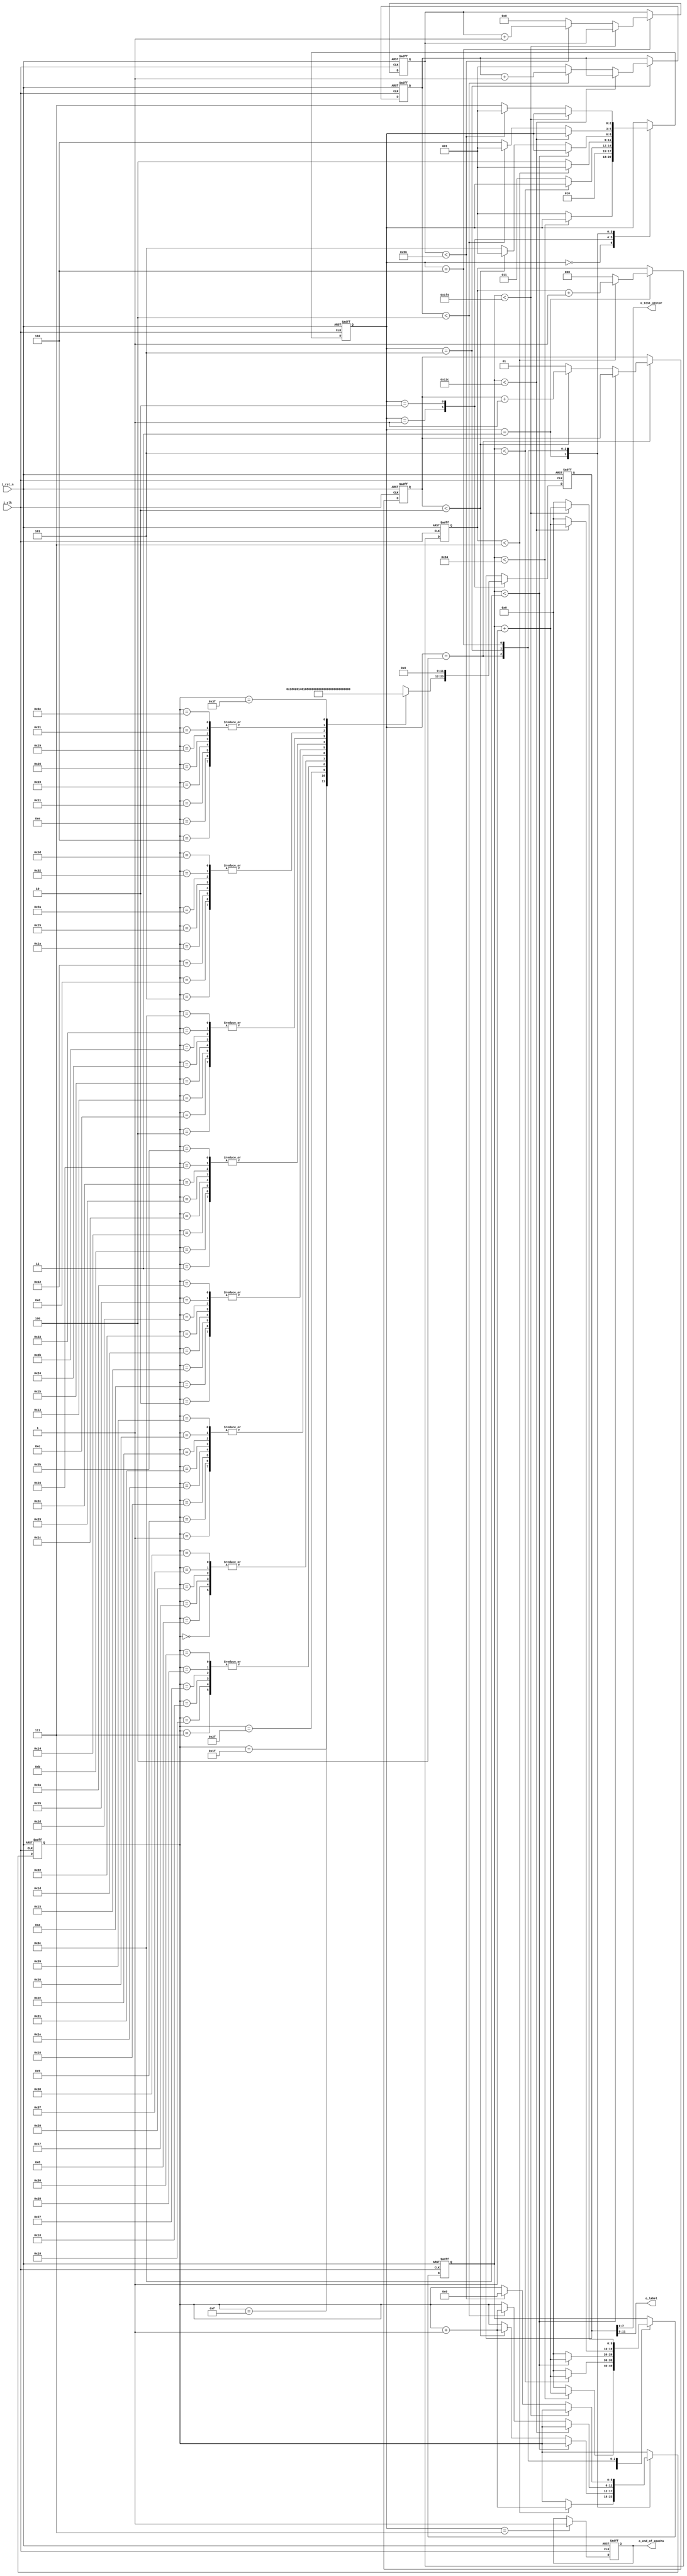

module auto_trainer(
input         i_clk,
input         i_rst_n,
output        o_end_of_epochs,
output [8:1]  o_test_vector,
output [4:1]  o_label
);

parameter  p_init_delay = 100;
parameter  p_spike_delay = 5;
parameter  p_event_delay = 60;
parameter  p_pattern_delay = 300;
parameter  p_epochs_delay = 500;
parameter  p_spike_num = 8;
parameter  p_event_num = 2;
parameter  p_epochs = 150;
parameter  p_pattern_num =4;

reg   [2:0]   r_state; 
reg   [5:0]   r_address; 
reg   [12:1]  r_data;
reg           r_end_of_epochs;
reg   [$clog2(p_spike_delay):0]   r_spike_counter;
reg   [$clog2(p_epochs_delay):0]  r_counter ;
reg   [$clog2(p_epochs):0]        r_epochs;
reg   [$clog2(p_spike_num)-1:0]   r_spike_num;
reg   [$clog2(p_event_num):0]     r_event_num;
reg   [$clog2(p_pattern_num):0]   r_pattern_num;

wire  [12:1]  r_ram[63:0];


assign o_test_vector = r_data[8:1];
assign o_label = r_data[12:9];
assign o_end_of_epochs = r_end_of_epochs;

always @(posedge ~i_clk or negedge i_rst_n) 
begin 
if(!i_rst_n) 
  begin
    r_state <= 0; 
	r_data  <= 0; 
	r_counter <= 0;
	r_address <= 0;
	r_event_num <= 1;
	r_epochs <= 1;
	r_pattern_num <= 1;
	r_spike_counter <= 0;
	r_spike_num <= 0;
	r_end_of_epochs <= 0;
  end
else 
   case(r_state) 
    0:begin 
	    if(r_counter < p_init_delay) 
		   r_counter <= r_counter+1;
		else 
		  begin
		    r_counter <= 0;
			r_state <= 1;
		  end
	  end
	1:begin
		r_data <= r_ram[r_address];
	    r_state <= 2;
	  end
	2:begin	
        r_data <= 0;    
        if(r_counter < p_spike_delay)
		  r_counter <= r_counter+1;
		else
		  begin
		    r_counter <= 0; 
			r_state <= 3;
		  end
	  end	  
	3:begin
		if(r_spike_num < p_spike_num-1)
	      begin
	        r_address <= r_address+1;
			r_spike_num <= r_spike_num +1;
	        r_state <= 1;
		  end
	    else 
		  begin
		    r_state <= 4;
		    r_spike_num <= 0;
		  end
	  end
	4:begin
	    if(r_counter < p_event_delay)
		  r_counter <= r_counter +1;
		else
          begin
            r_counter <= 0;		  
		    if(r_event_num < p_event_num)
		      begin
			    r_event_num <= r_event_num+1; 
				r_address <= r_address+1;
			    r_state <= 1;
			  end
		    else
		      begin
			    r_state <= 5;
			    r_event_num <= 1;
			  end
		 end
	  end
	5:begin
	    if(r_counter < p_pattern_delay)
	       r_counter <= r_counter + 1;
		else 
		begin 
		  r_counter <= 0;
		  if(r_pattern_num < p_pattern_num)
            begin		
		      r_pattern_num <= r_pattern_num +1;
		      r_address <= r_address+1;
			  r_state <= 1;
			end
		  else 
            begin   
	          r_state <= 6;
			  r_pattern_num <= 1;
		    end	
		  end
	    end
	6:begin
	    if(r_counter < p_epochs_delay)
	       r_counter <= r_counter + 1;
		else 
		  begin 
		    r_counter <= 0;	
	       if(r_epochs < p_epochs)
	         begin 
	           r_epochs <= r_epochs+1;
	           r_address <= 0;
	           r_state <= 1;
	         end
           else
	         begin
		       r_epochs <= 0;
               r_state<= 7;	
	         end
		  end	
	  end	
	7:begin
	    r_end_of_epochs <=1;
	  end		  
   endcase
end

assign r_ram[0]  = 12'h0_0_1;
assign r_ram[1]  = 12'h0_0_2;
assign r_ram[2]  = 12'h0_0_4;
assign r_ram[3]  = 12'h0_0_8;
assign r_ram[4]  = 12'h0_1_0;
assign r_ram[5]  = 12'h0_2_0;
assign r_ram[6]  = 12'h0_4_0;
assign r_ram[7]  = 12'h0_8_0;
assign r_ram[8]  = 12'h0_0_1;
assign r_ram[9]  = 12'h0_0_2;
assign r_ram[10] = 12'h0_0_4;
assign r_ram[11] = 12'h0_0_8;
assign r_ram[12] = 12'h0_1_0;
assign r_ram[13] = 12'h0_2_0;
assign r_ram[14] = 12'h0_4_0;
assign r_ram[15] = 12'h1_8_0;

assign r_ram[16] = 12'h0_8_0;
assign r_ram[17] = 12'h0_4_0;
assign r_ram[18] = 12'h0_2_0;
assign r_ram[19] = 12'h0_1_0;
assign r_ram[20] = 12'h0_0_8;
assign r_ram[21] = 12'h0_0_4;
assign r_ram[22] = 12'h0_0_2;
assign r_ram[23] = 12'h0_0_1;
assign r_ram[24] = 12'h0_8_0;
assign r_ram[25] = 12'h0_4_0;
assign r_ram[26] = 12'h0_2_0;
assign r_ram[27] = 12'h0_1_0;
assign r_ram[28] = 12'h0_0_8;
assign r_ram[29] = 12'h0_0_4;
assign r_ram[30] = 12'h0_0_2;
assign r_ram[31] = 12'h2_0_1;

assign r_ram[32] = 12'h0_0_1;
assign r_ram[33] = 12'h0_0_2;
assign r_ram[34] = 12'h0_0_4;
assign r_ram[35] = 12'h0_0_8;
assign r_ram[36] = 12'h0_1_0;
assign r_ram[37] = 12'h0_2_0;
assign r_ram[38] = 12'h0_4_0;
assign r_ram[39] = 12'h0_8_0;
assign r_ram[40] = 12'h0_8_0;
assign r_ram[41] = 12'h0_4_0;
assign r_ram[42] = 12'h0_2_0;
assign r_ram[43] = 12'h0_1_0;
assign r_ram[44] = 12'h0_0_8;
assign r_ram[45] = 12'h0_0_4;
assign r_ram[46] = 12'h0_0_2;
assign r_ram[47] = 12'h4_0_1;

assign r_ram[48] = 12'h0_8_0;
assign r_ram[49] = 12'h0_4_0;
assign r_ram[50] = 12'h0_2_0;
assign r_ram[51] = 12'h0_1_0;
assign r_ram[52] = 12'h0_0_8;
assign r_ram[53] = 12'h0_0_4;
assign r_ram[54] = 12'h0_0_2;
assign r_ram[55] = 12'h0_0_1;
assign r_ram[56] = 12'h0_0_1;
assign r_ram[57] = 12'h0_0_2;
assign r_ram[58] = 12'h0_0_4;
assign r_ram[59] = 12'h0_0_8;
assign r_ram[60] = 12'h0_1_0;
assign r_ram[61] = 12'h0_2_0;
assign r_ram[62] = 12'h0_4_0;
assign r_ram[63] = 12'h8_8_0;



endmodule